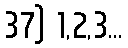
37) 1,2,3...